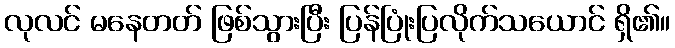
လုလင် မနေတတ် ဖြစ်သွားပြီး ပြန်ပြုံးပြလိုက်သယောင် ရှိ၏။